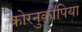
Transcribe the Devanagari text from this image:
कोरनुकोपिया